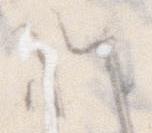
れ